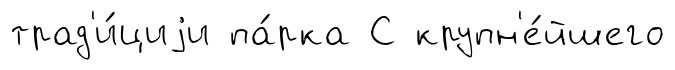
трад'и́циjи па́рка С крупн'е́йшего